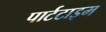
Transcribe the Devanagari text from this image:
पार्टटाइम